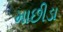
માછીડા